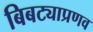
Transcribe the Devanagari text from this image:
बिबट्याप्रणव